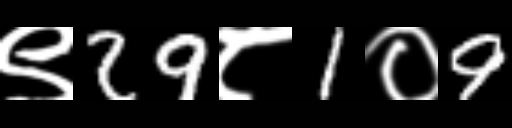
Text: ९29८1०9